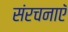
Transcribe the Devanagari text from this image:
संरचनाएॅ